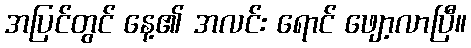
အပြင်တွင် နေ့၏ အလင်း ရောင် ဖျော့လာပြီ။